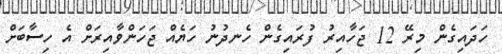
ހަދައިގެން މިރޭ 12 ޖަހާއިރު ފުރައިގެން ހެނދުނު ހަޔެއް ޖަހަންވާއިރަށް އެ ހިސާބަށް